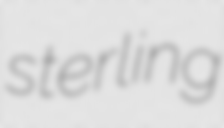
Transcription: sterling